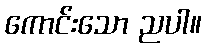
ကောင်းသော ညပါ။